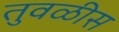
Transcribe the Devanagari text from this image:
तुवळीस